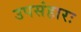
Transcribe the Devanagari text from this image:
उपसंहारः